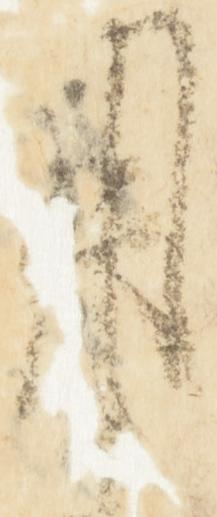
用